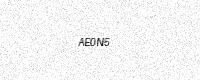
Text: AE0N5